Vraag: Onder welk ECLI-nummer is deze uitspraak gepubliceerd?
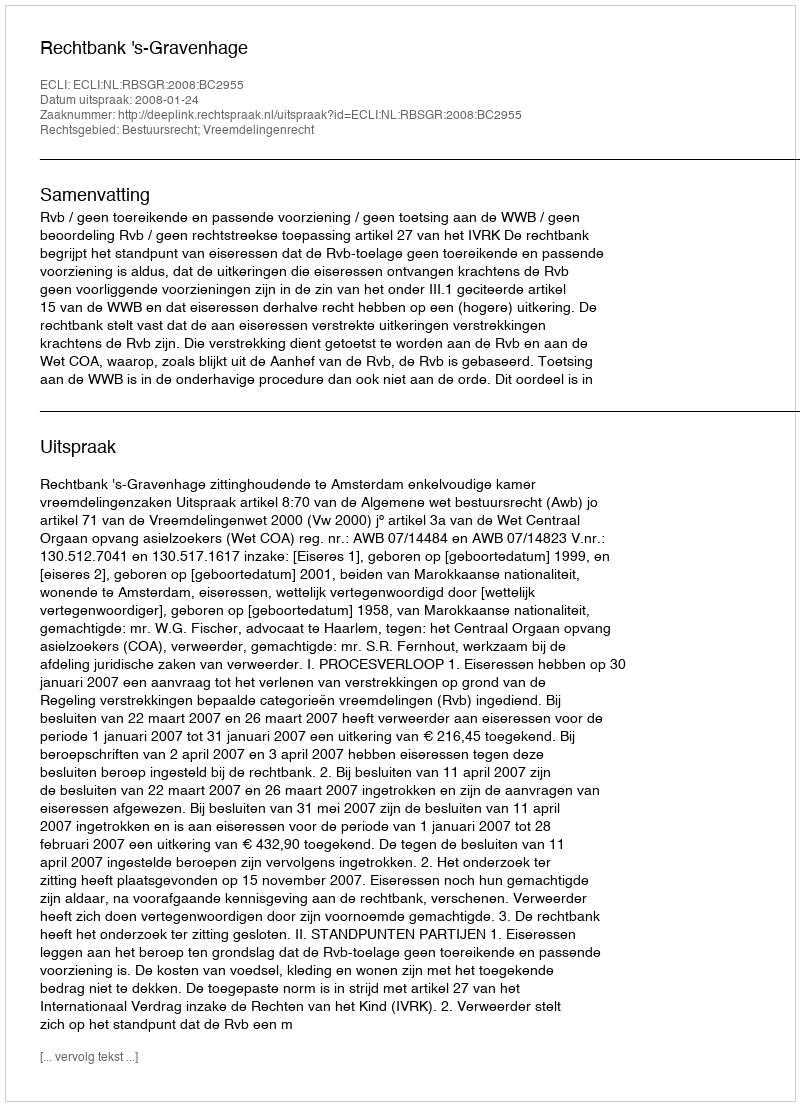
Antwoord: ECLI:NL:RBSGR:2008:BC2955